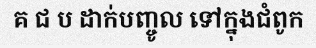
គ ជ ប ដាក់បញ្ចូល ទៅក្នុងជំពូក